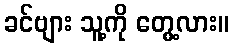
ခင်ဗျား သူ့ကို တွေ့လား။